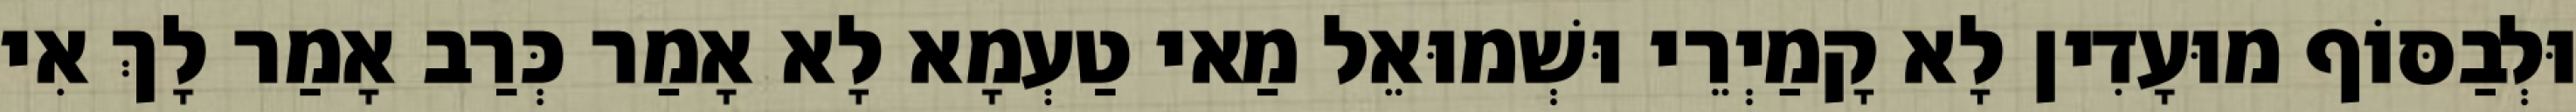
וּלְבַסּוֹף מוּעָדִין לָא קָמַיְרֵי וּשְׁמוּאֵל מַאי טַעְמָא לָא אָמַר כְּרַב אָמַר לָךְ אִי